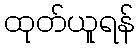
ထုတ်ယူရန်